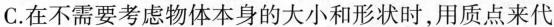
C.在不需要考虑物体本身的大小和形状时，用质点来代